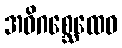
အဓိဂစ္ဆေထေဝ